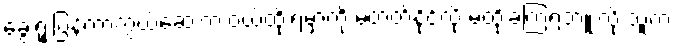
ခွေးရူးပြန်ကာကွယ်ဆေးက ဝယ်ထိုးရမှာကို မတတ်နိုင်လို့ မထိုးခဲ့ကြရဘူးလို့ သူက